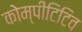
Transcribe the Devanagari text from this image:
कोम्पीटिटिव